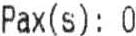
PAX(S): 0